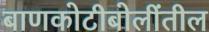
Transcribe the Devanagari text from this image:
बाणकोटीबोलींतील